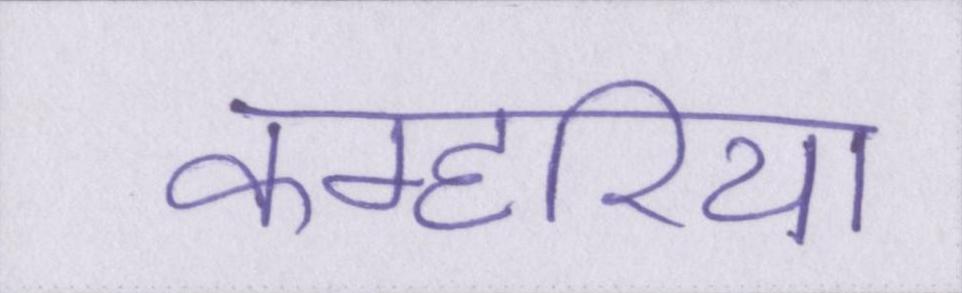
कम्हरिया